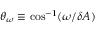
\theta _ { \omega } \equiv \mathrm { c o s } ^ { - 1 } ( { \omega } / { \delta A } )